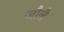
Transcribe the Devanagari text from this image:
जौलै